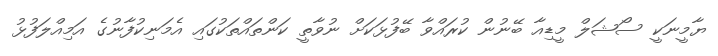
ޔާމީނަކީ ސޯޝަލް މީޑިއާ ބޭނުން ކުރައްވާ ބޭފުޅަކަށް ނުވާތީ ކަންތައްތަކުގައި އެމަނިކުފާނުގެ އަމިއްލަފުޅު